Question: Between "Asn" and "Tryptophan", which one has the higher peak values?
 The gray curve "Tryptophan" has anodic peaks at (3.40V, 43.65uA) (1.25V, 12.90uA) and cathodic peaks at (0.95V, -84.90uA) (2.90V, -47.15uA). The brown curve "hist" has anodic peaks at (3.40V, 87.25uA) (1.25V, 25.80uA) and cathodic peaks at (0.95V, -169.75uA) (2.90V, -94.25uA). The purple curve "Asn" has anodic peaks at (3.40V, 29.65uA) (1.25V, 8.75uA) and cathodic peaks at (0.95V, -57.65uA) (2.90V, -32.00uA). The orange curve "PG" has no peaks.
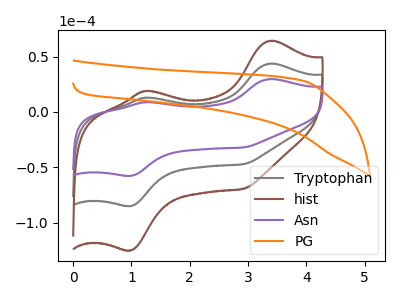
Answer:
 <answer>Every peak in "Asn" is lower than every peak in "Tryptophan".</answer>
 <eval>lower</eval>